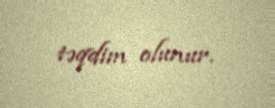
təqdim olunur.